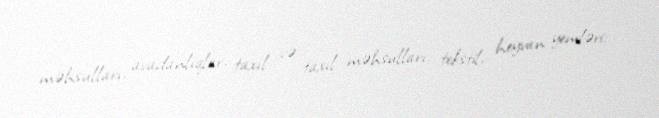
məhsulları, avadanlıqlar, taxıl və taxıl məhsulları, tekstil, heyvan yemləri,